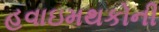
હવાઇમથકોની